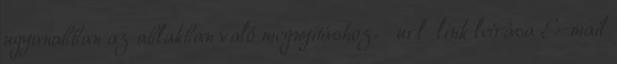
ugyanabban az ablakban való megnyitáshoz. url link leírása E-mail